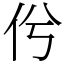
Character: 𠆵